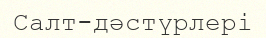
Салт-дәстүрлері